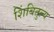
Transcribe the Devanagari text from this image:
शिंबितुल्य